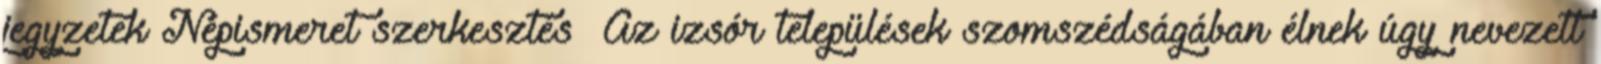
jegyzetek Népismeret szerkesztés Az izsór települések szomszédságában élnek úgy nevezett